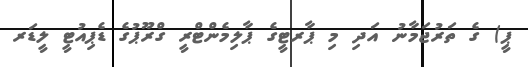
ޕީ) ގެ ތަރުޖަމާނު އަދި މި ޕާރޓީގެ ޕާލިމެންޓްރީ ގްރޫޕުގެ ޑެޕިއުޓީ ލީޑަރ